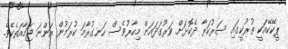
ޕީކޭކޭއަކީ ތުރުކީގައި ސަރުކަރާ ދެކޮޅަށް ވަރުގަދައަށް މިހާރުވެސް ހަނގުރާމަ ކުރަމުން އަންނަ ޖަމާއަތެކެވެ.